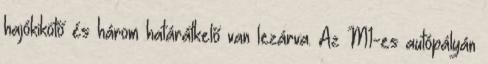
hajókikötő és három határátkelő van lezárva. Az M1-es autópályán